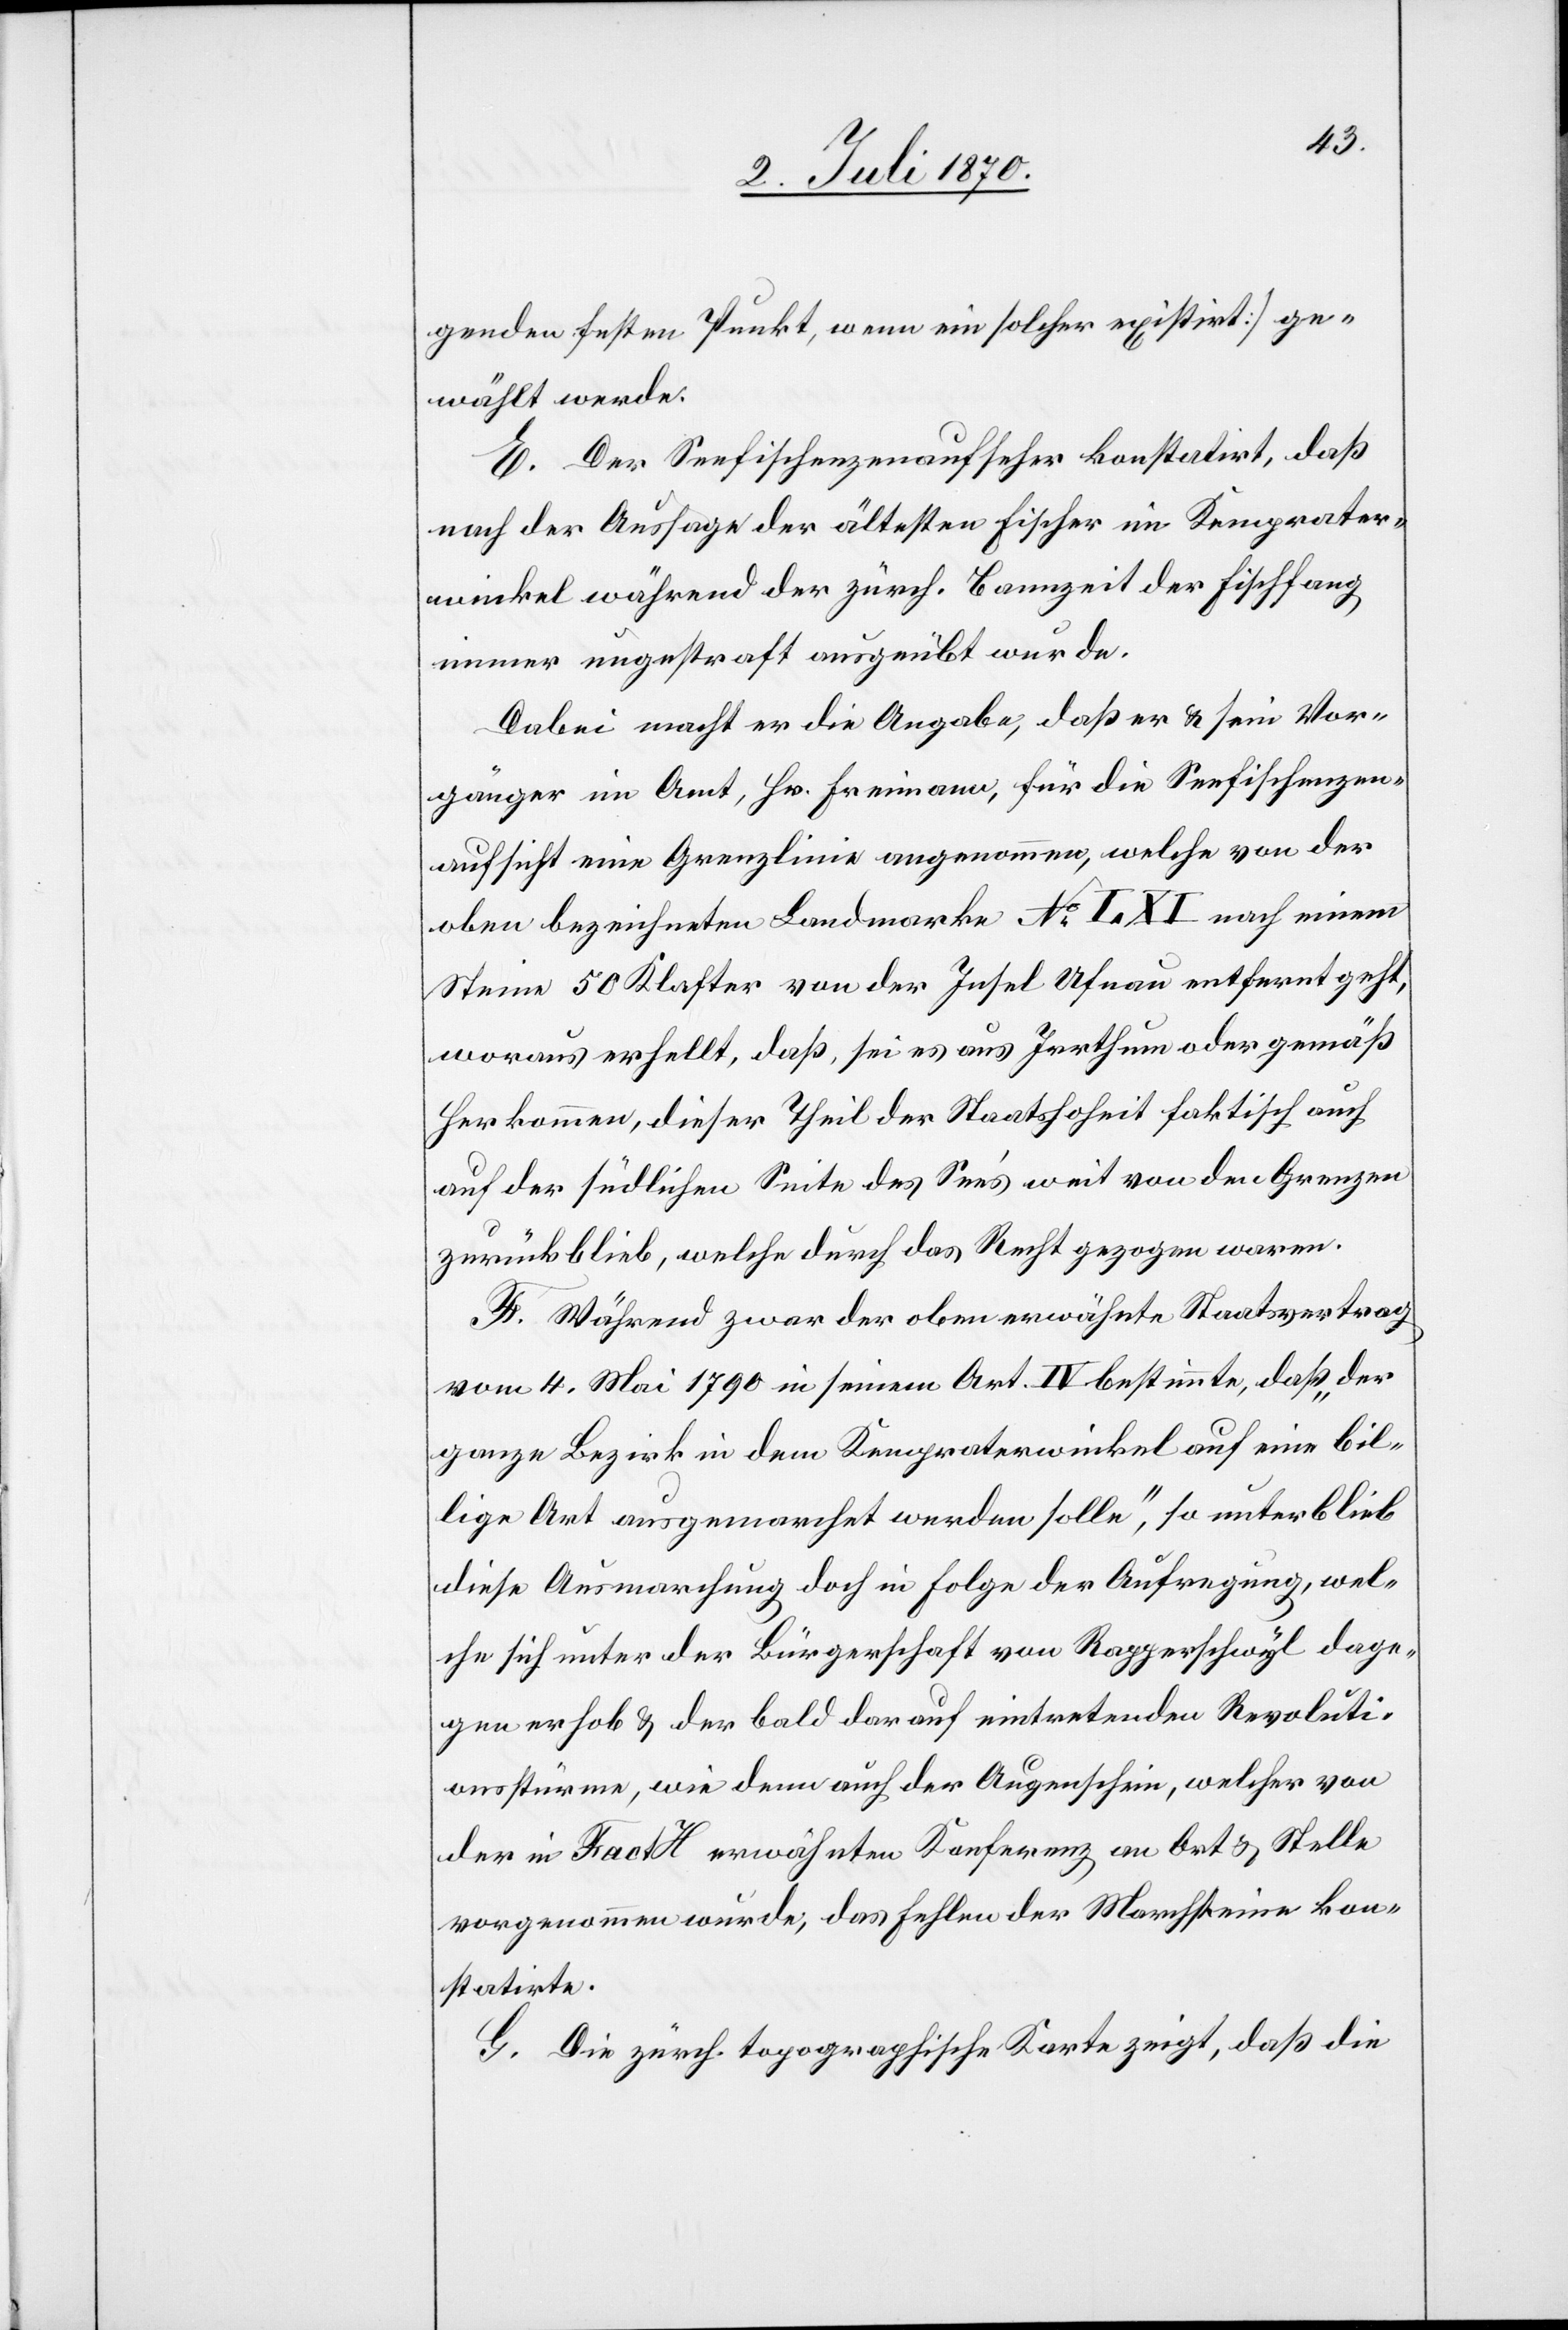
genden festen Punkt, wenn ein solcher existirt] ge¬
wählt werde.
E. Der Seefischenzenaufseher konstatirt, daß
nach der Auslage der ältesten Fischer im Kemprater¬
winkel während der zürch. Bannzeit der Fischfang
immer ungestraft ausgeübt wurde.
Dabei macht er die Angabe, daß er & sein Vor¬
gänger im Amt, Hr. Freimann, für die Seefischenzen¬
aufsicht eine Grenzlinie angenommen, welche von der
oben bezeichneten Landmarke No I. XI nach einem
Steine 50. Klafter von der Insel Ufenau entfernt geht,
worauf erhellt, daß, sei es aus Irrthum oder gemäß
Herkommen, dieser Theil der Staatshoheit faktisch auch
auf der südlichen Seite des See’s weit von den Grenzen
zurückblieb, welche durch das Recht gezogen waren.
F. Während zwar der oberwähnte Staatsvertrag
vom 4. Mai 1790 in seinem Art. IV bestimmte, daß „der
ganze Bezirk in dem Kempraterwinkel auf eine bil¬
lige Art ausgemarchet werden solle“, so unterblieb
diese Ausmarchung doch in Folge der Aufregung, wel¬
che sich unter der Bürgerschaft von Rapperschwyl dage¬
gen erhob & der bald darauf eintretenden Revoluti¬
onsstürme, wie denn auch der Augenschein, welcher von
der in Fact H erwähnten Konferenz an Ort & Stelle
vorgenommen wurde, das Fehlen der Marchsteine kon¬
statirte.
G. Die zürch. topographische Karte zeigt, daß die